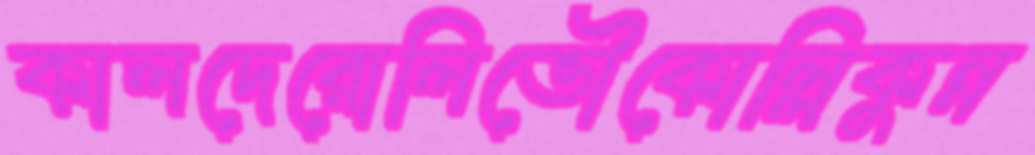
কালদেরোলিভৌকোল্লিকুন্ন